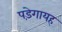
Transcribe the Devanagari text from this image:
पड़ेगायह